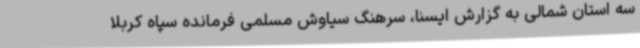
سه استان شمالی به گزارش ایسنا، سرهنگ سیاوش مسلمی فرمانده سپاه کربلا